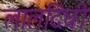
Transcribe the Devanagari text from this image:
लालदिघी